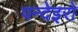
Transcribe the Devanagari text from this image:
पन्देइरो